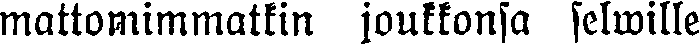
mattomimmatkin joukkonsa selwille